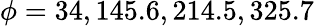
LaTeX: \phi=34,145.6,214.5,325.7